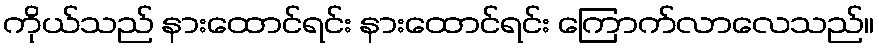
ကိုယ်သည် နားထောင်ရင်း နားထောင်ရင်း ကြောက်လာလေသည်။